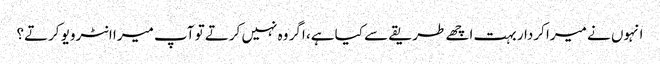
انہوں نے میرا کردار بہت اچھے طریقے سے کیا ہے، اگر وہ نہیں کرتے تو آپ میرا انٹرویو کرتے؟